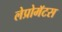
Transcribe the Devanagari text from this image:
लेप्रोमॅटस